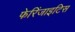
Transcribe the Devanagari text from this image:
फेरिंजाइटिस